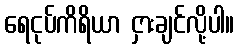
ရေငုပ်ကိရိယာ ငှားချင်လို့ပါ။